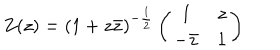
Z ( z ) = ( 1 + z \bar { z } ) ^ { - \frac { 1 } { 2 } } \left( \begin{array} { c c } { { 1 } } & { { z } } \\ { { - \bar { z } } } & { { 1 } } \\ \end{array} \right)